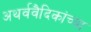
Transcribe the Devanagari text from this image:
अथर्ववैदिकांच्या